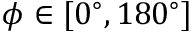
\phi \in [ 0 ^ { \circ } , 1 8 0 ^ { \circ } ]